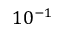
1 0 ^ { - 1 }